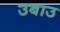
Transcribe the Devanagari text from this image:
उबाउ